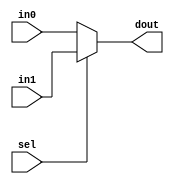
module sel2to1_sndor(in0, in1, sel, dout);
input [1:0] in0, in1;
input sel;
output [1:0] dout;

assign dout = (sel == 1'b1)? in1 : in0;

endmodule